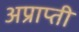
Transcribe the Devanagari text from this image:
अप्राप्ती